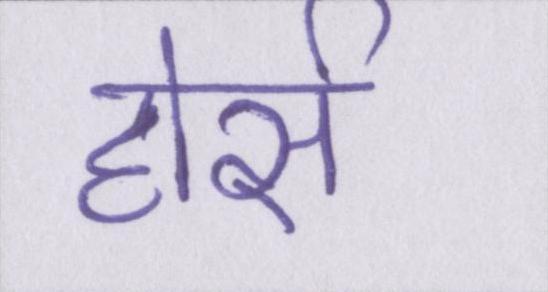
होर्स